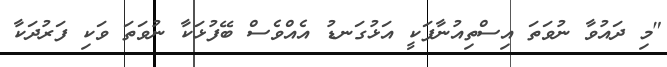
"މި ދައުވާ ނުވަތަ އިސްތިއުނާފަކީ އަޅުގަނޑު އެއްވެސް ބޭފުޅަކާ ނުވަތަ ވަކި ފަރުދަކާ